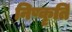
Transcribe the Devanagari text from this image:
निष्कृतिं